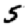
Digit: 5